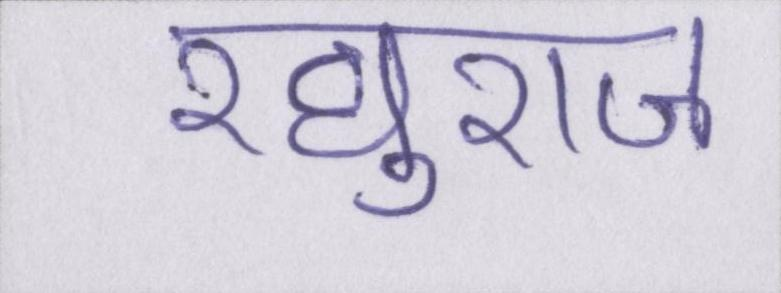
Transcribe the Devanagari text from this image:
रघुराज